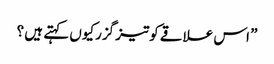
” اس علاقے کوتیز گزرکیوں کہتے ہیں ؟